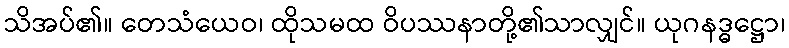
သိအပ်၏။ တေသံယေဝ၊ ထိုသမထ ဝိပဿနာတို့၏သာလျှင်။ ယုဂနဒ္ဓဋ္ဌော၊